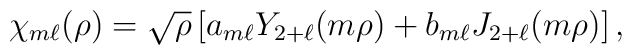
\chi_{m\ell}(\rho)=\sqrt{\rho}\left[ a_{m\ell}Y_{2+\ell}(m\rho)+                      b_{m\ell}J_{2+\ell}(m\rho)\right],